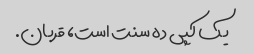
یک کپی ده سنت است، قربان.